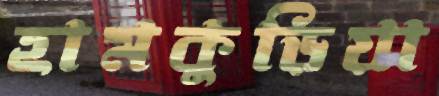
হামকুড়িয়া